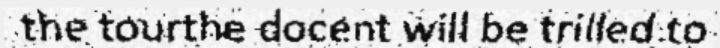
the tourthe docent will be trilled to